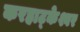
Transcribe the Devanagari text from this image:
करहाट्केश्वर